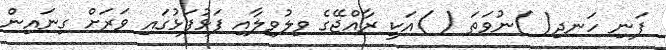
ފަނި ހަނދި( )ނުވަތަ ( )އަކީ ރާއްޖޭގެ ވިލުވިލާއި ފަޅުފަޅުގައި ވަރަށް ގިނައިން